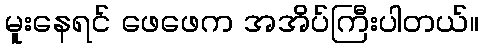
မူးနေရင် ဖေဖေက အအိပ်ကြီးပါတယ်။